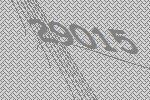
29015